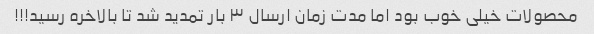
محصولات خیلی خوب بود اما مدت زمان ارسال ۳ بار تمدید شد تا بالاخره رسید!!!